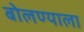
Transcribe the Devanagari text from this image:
बोलण्याला